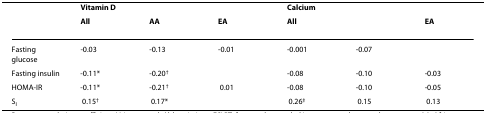
<table><thead><tr><td>[EMPTY_CELL]</td><td><b>Vitamin D</b></td><td>[EMPTY_CELL]</td><td>[EMPTY_CELL]</td><td><b>Calcium</b></td><td>[EMPTY_CELL]</td><td>[EMPTY_CELL]</td></tr><tr><td>[EMPTY_CELL]</td><td><b>All</b></td><td><b>AA</b></td><td><b>EA</b></td><td><b>All</b></td><td>[EMPTY_CELL]</td><td><b>EA</b></td></tr></thead><tbody><tr><td>Fasting glucose</td><td>-0.03</td><td>-0.13</td><td>-0.01</td><td>-0.001</td><td>-0.07</td><td>[EMPTY_CELL]</td></tr><tr><td>Fasting insulin</td><td>-0.11*</td><td>-0.20<sup>†</sup></td><td>[EMPTY_CELL]</td><td>-0.08</td><td>-0.10</td><td>-0.03</td></tr><tr><td>HOMA-IR</td><td>-0.11*</td><td>-0.21<sup>†</sup></td><td> 0.01</td><td>-0.08</td><td>-0.10</td><td>-0.05</td></tr><tr><td>S<sub>I</sub></td><td> 0.15<sup>†</sup></td><td> 0.17*</td><td>[EMPTY_CELL]</td><td> 0.26<sup>‡</sup></td><td> 0.15</td><td> 0.13</td></tr></tbody></table>